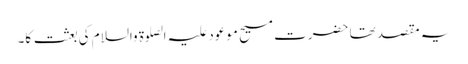
یہ مقصد تھا حضرت مسیح موعود علیہ الصلوۃ والسلام کی بعثت کا۔